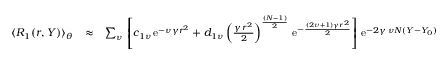
\begin{array} { r l r } { \langle R _ { 1 } ( r , Y ) \rangle _ { \theta } } & { \approx } & { \sum _ { \nu } \, \left[ c _ { 1 \nu } \, \mathrm { e } ^ { - \nu \gamma r ^ { 2 } } + d _ { 1 \nu } \left( { \frac { \gamma \, r ^ { 2 } } { 2 } } \right) ^ { \frac { ( N - 1 ) } { 2 } } \, \mathrm { e } ^ { - \frac { ( 2 \nu + 1 ) \gamma r ^ { 2 } } { 2 } } \right] \, \mathrm { e } ^ { - 2 \gamma \, \nu N ( Y - Y _ { 0 } ) } } \end{array}